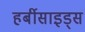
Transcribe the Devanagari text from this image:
हर्बीसाइड्स